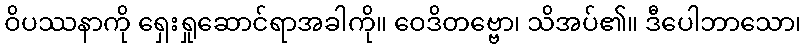
ဝိပဿနာကို ရှေးရှုဆောင်ရာအခါကို။ ဝေဒိတဗ္ဗော၊ သိအပ်၏။ ဒီပေါဘာသော၊